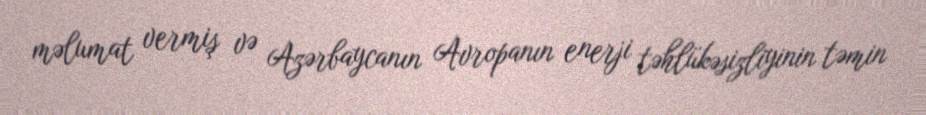
məlumat vermiş və Azərbaycanın Avropanın enerji təhlükəsizliyinin təmin